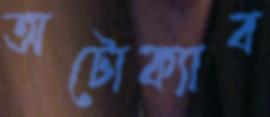
অটোক্যাব